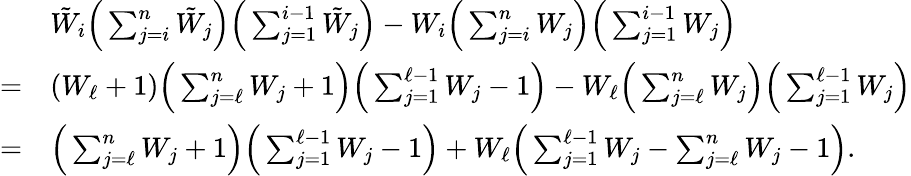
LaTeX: \begin{array}{rl}&{{\tilde{W}}_{i}\Big(\sum_{j=i}^{n}{\tilde{W}}_{j}\Big)\Big(\sum_{j=1}^{i-1}{\tilde{W}}_{j}\Big)-W_{i}\Big(\sum_{j=i}^{n}W_{j}\Big)\Big(\sum_{j=1}^{i-1}W_{j}\Big)}\\ {=}&{(W_{\ell}+1)\Big(\sum_{j=\ell}^{n}W_{j}+1\Big)\Big(\sum_{j=1}^{\ell-1}W_{j}-1\Big)-W_{\ell}\Big(\sum_{j=\ell}^{n}W_{j}\Big)\Big(\sum_{j=1}^{\ell-1}W_{j}\Big)}\\ {=}&{\Big(\sum_{j=\ell}^{n}W_{j}+1\Big)\Big(\sum_{j=1}^{\ell-1}W_{j}-1\Big)+W_{\ell}\Big(\sum_{j=1}^{\ell-1}W_{j}-\sum_{j=\ell}^{n}W_{j}-1\Big).}\end{array}